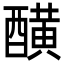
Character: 䤑